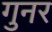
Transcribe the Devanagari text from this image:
गुनर